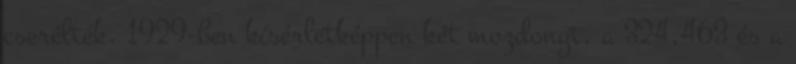
cserélték. 1929-ben kísérletképpen két mozdonyt, a 324,463 és a